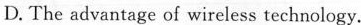
D. The advantage of wireless tecbnology.